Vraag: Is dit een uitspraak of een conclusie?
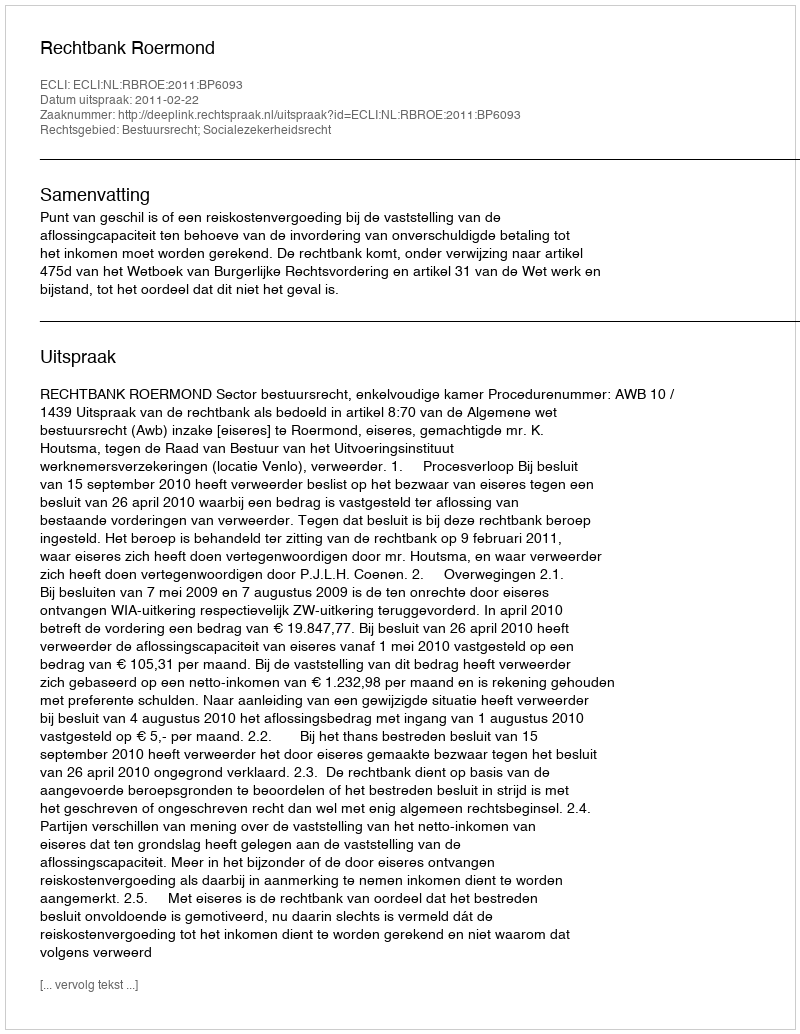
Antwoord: Uitspraak